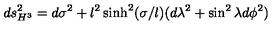
d s _ { H ^ { 3 } } ^ { 2 } = d \sigma ^ { 2 } + l ^ { 2 } \sinh ^ { 2 } ( \sigma / l ) ( d \lambda ^ { 2 } + \sin ^ { 2 } \lambda d \phi ^ { 2 } )